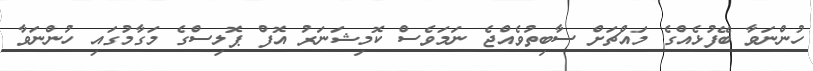
ހުންނަވާ ބޭފުޅެއްގެ މައްޗަށް ސާބިތުވެއްޖެ ނަމަވެސް ކޮމިޝަނަރު އޮފް ޕޮލިސްގެ މަގާމުގައި ހުންނަވާ